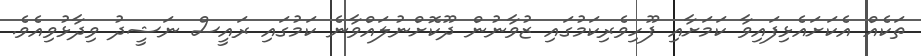
ތަކެއް އެކަށައެޅިފައިވާ ކަމަށާއި ފޫހިވެރިކަމުގައި ޒުވާނުން ދޫކޮށްނުލައްވާނެ ކަމުގައި ރައީސް ނަޝީދު ވިދާޅުވިއެވެ.